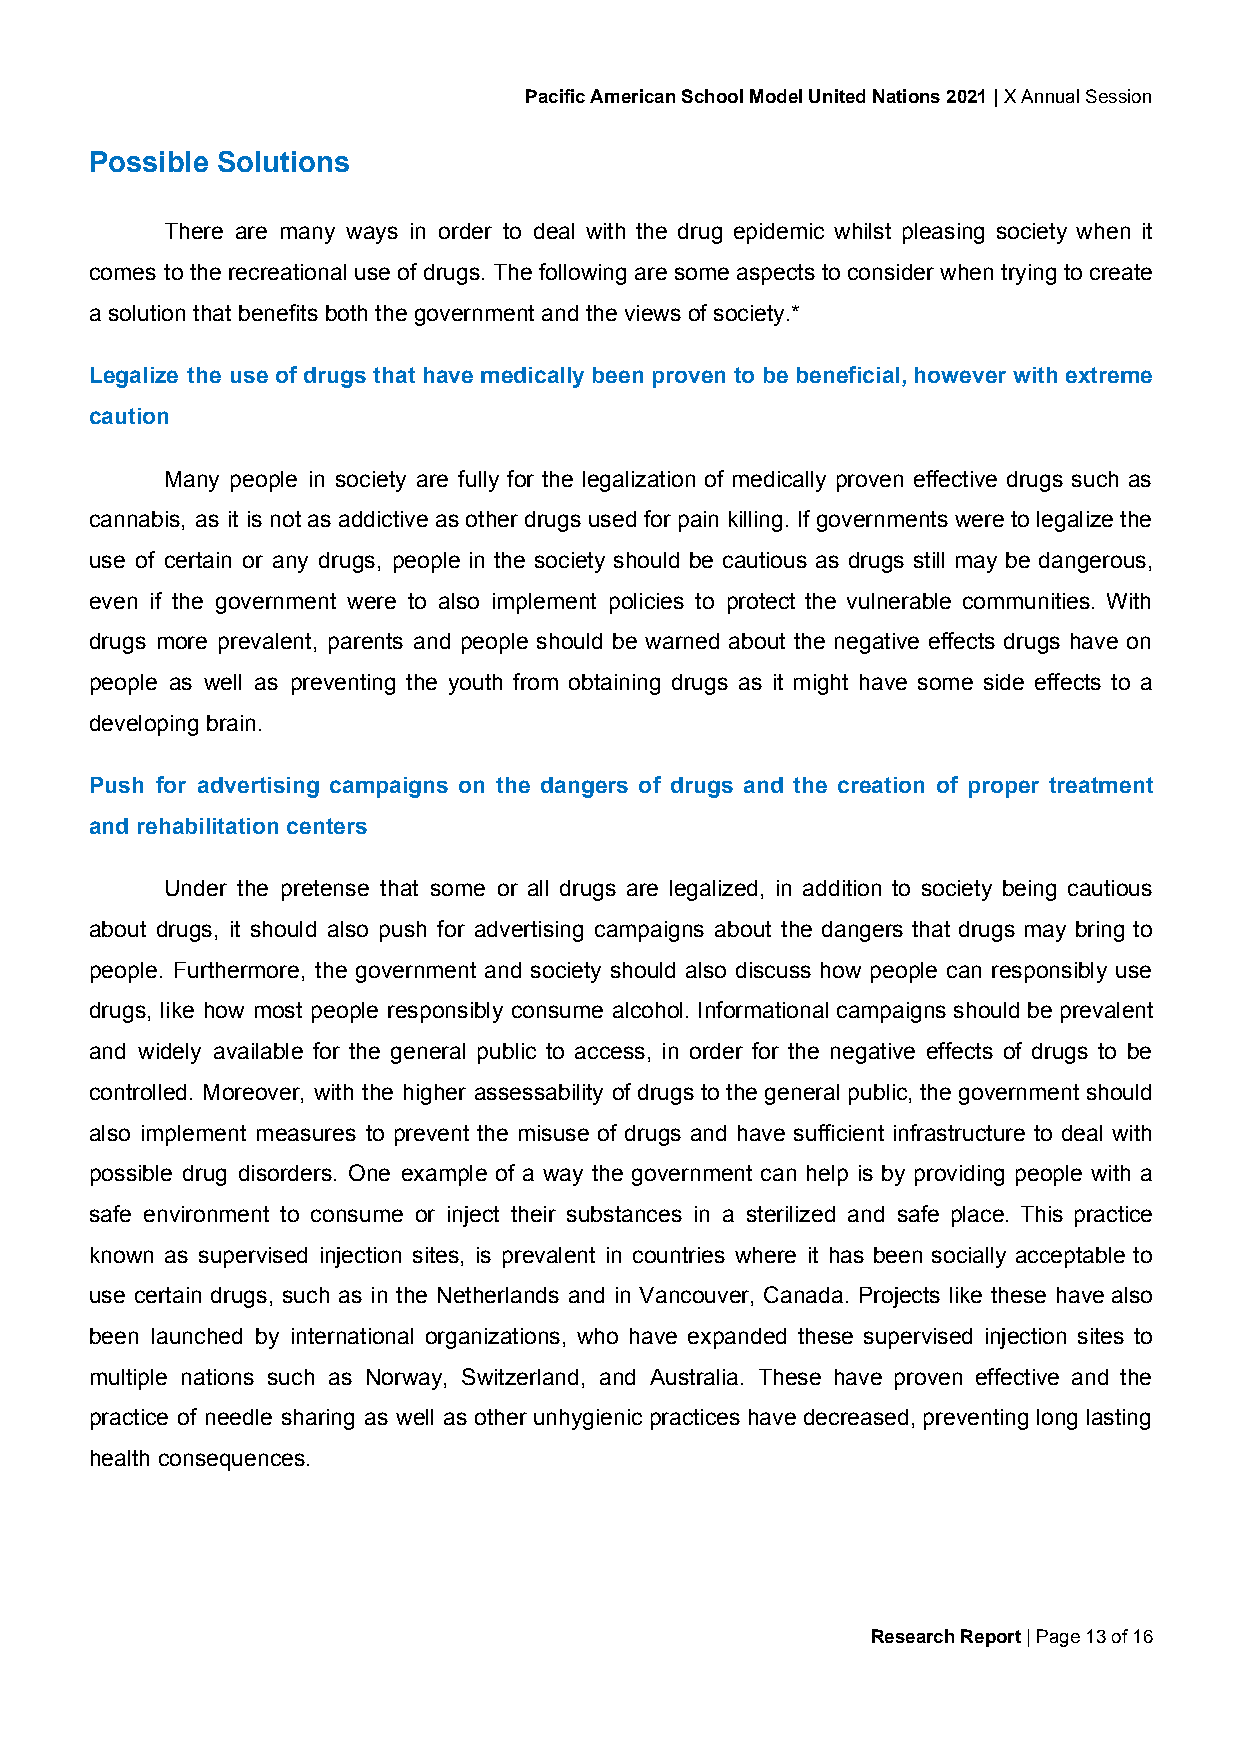
Pacific American School Model United Nations 2021 | X Annual Session
 ​
 Possible Solutions
 There are many ways in order to deal with the drug epidemic whilst pleasing society when it
 comes to the recreational use of drugs. The following are some aspects to consider when trying to create
 a solution that benefits both the government and the views of society.*
 Legalize the use of drugs that have medically been proven to be beneficial, however with extreme
 caution
 Many people in society are fully for the legalization of medically proven effective drugs such as
 cannabis, as it is not as addictive as other drugs used for pain killing. If governments were to legalize the
 use of certain or any drugs, people in the society should be cautious as drugs still may be dangerous,
 even if the government were to also implement policies to protect the vulnerable communities. With
 drugs more prevalent, parents and people should be warned about the negative effects drugs have on
 people as well as preventing the youth from obtaining drugs as it might have some side effects to a
 developing brain.
 Push for advertising campaigns on the dangers of drugs and the creation of proper treatment
 and rehabilitation centers
 Under the pretense that some or all drugs are legalized, in addition to society being cautious
 about drugs, it should also push for advertising campaigns about the dangers that drugs may bring to
 people. Furthermore, the government and society should also discuss how people can responsibly use
 drugs, like how most people responsibly consume alcohol. Informational campaigns should be prevalent
 and widely available for the general public to access, in order for the negative effects of drugs to be
 controlled. Moreover, with the higher assessability of drugs to the general public, the government should
 also implement measures to prevent the misuse of drugs and have sufficient infrastructure to deal with
 possible drug disorders. One example of a way the government can help is by providing people with a
 safe environment to consume or inject their substances in a sterilized and safe place. This practice
 known as supervised injection sites, is prevalent in countries where it has been socially acceptable to
 use certain drugs, such as in the Netherlands and in Vancouver, Canada. Projects like these have also
 been launched by international organizations, who have expanded these supervised injection sites to
 multiple nations such as Norway, Switzerland, and Australia. These have proven effective and the
 practice of needle sharing as well as other unhygienic practices have decreased, preventing long lasting
 health consequences.
 Research Report | Page 13 of 16
 ​